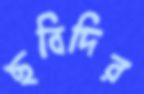
ছবিদির